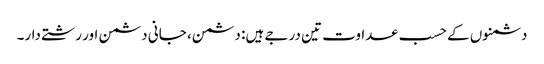
دشمنوں کے حسب عداوت تین درجے ہیں: دشمن، جانی دشمن اور رشتے دار۔